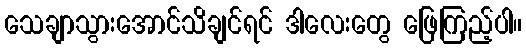
သေချာသွားအောင်သိချင်ရင် ဒါလေးတွေ ဖြေကြည့်ပါ။